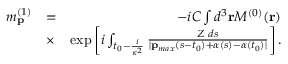
\begin{array} { r l r } { m _ { \mathbf { p } } ^ { ( 1 ) } } & { = } & { - i { \cal C } \int d ^ { 3 } \mathbf { r } { \cal M } ^ { ( 0 ) } ( \mathbf { r } ) } \\ & { \times } & { \exp \left[ i \int _ { t _ { 0 } - \frac { i } { \kappa ^ { 2 } } } \frac { Z \, \, d s } { | \mathbf { p } _ { m a x } ( s - t _ { 0 } ) + \boldsymbol { \alpha } ( s ) - \boldsymbol { \alpha } ( t _ { 0 } ) | } \right] . } \end{array}